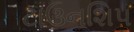
ટાઉનશિપ